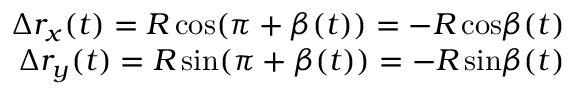
\begin{array} { r } { \Delta r _ { x } ( t ) = R \, \mathrm { c o s } ( \pi + \beta ( t ) ) = - R \, \mathrm { c o s } \beta ( t ) } \\ { \Delta r _ { y } ( t ) = R \, \mathrm { s i n } ( \pi + \beta ( t ) ) = - R \, \mathrm { s i n } \beta ( t ) } \end{array}